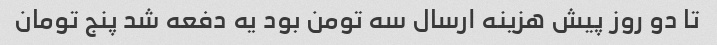
تا دو روز پیش هزینه ارسال سه تومن بود یه دفعه شد پنج تومان